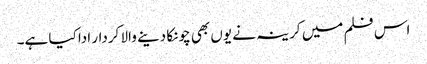
اس فلم میں کرینہ نے یوں بھی چونکا دینے والا کردار ادا کیا ہے۔